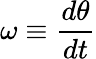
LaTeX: \omega\equiv{\frac{d\theta}{dt}}